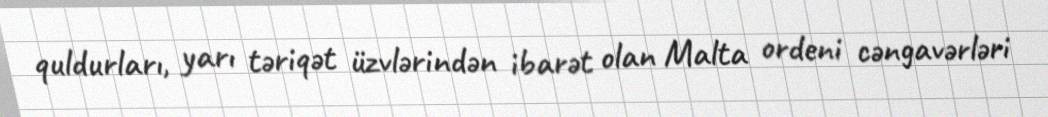
quldurları, yarı təriqət üzvlərindən ibarət olan Malta ordeni cəngavərləri